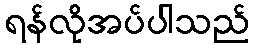
ရန်လိုအပ်ပါသည်